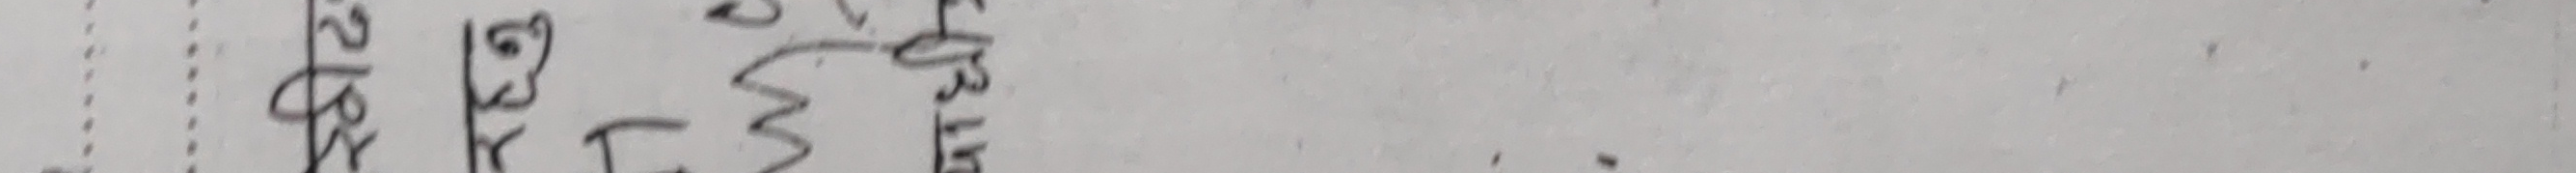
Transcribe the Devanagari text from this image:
१३ केरी छ